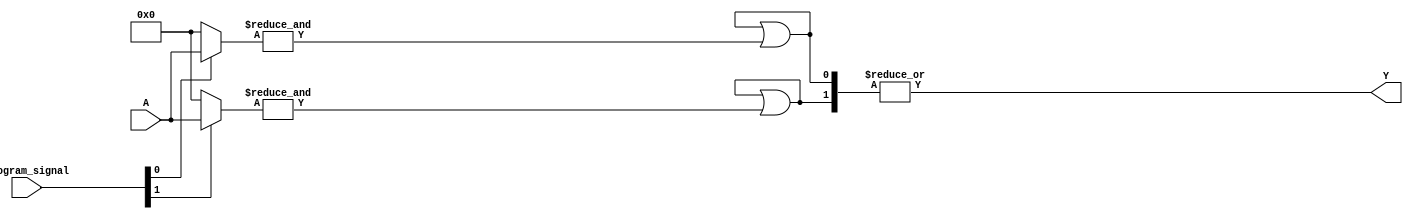
module flash_programmable_pal (
    input wire [N-1:0] A,      // N input signals
    input wire [M-1:0] program_signal, // Programming signals to configure AND gates
    output wire Y              // Output signal
);

// Parameters
parameter N = 8;             // Number of inputs
parameter M = 4;             // Number of AND gates
parameter P = 2;             // Number of OR gates

// Internal signals
wire [M-1:0] and_outputs;    // Outputs from AND gates
wire [P-1:0] or_outputs;      // Outputs from OR gates

// AND Array implementation
generate
    genvar i, j;
    for (i = 0; i < M; i = i + 1) begin : and_array
        wire [N-1:0] and_inputs;
        // Use programming signal to determine which inputs to connect
        assign and_inputs = (program_signal[i] == 1'b1) ? A : 0; // Simple connection example
        // Implement simple AND logic (AND gate logic can be modified based on actual configuration)
        assign and_outputs[i] = &and_inputs; // AND gate output
    end
endgenerate

// OR Array implementation
generate
    for (j = 0; j < P; j = j + 1) begin : or_array
        // Connect AND outputs to OR gates (simple example)
        assign or_outputs[j] = or_outputs[j] | and_outputs[j]; // OR operation (assume inputs are wired correctly)
    end
endgenerate

// Final Output
assign Y = |or_outputs; // Combine OR outputs to produce final output

endmodule